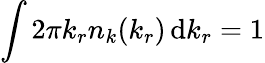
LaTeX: \int 2\pi k_{r}n_{k}(k_{r})\, \mathrm{d}k_{r}=1